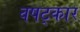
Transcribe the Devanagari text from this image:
वषट्कार